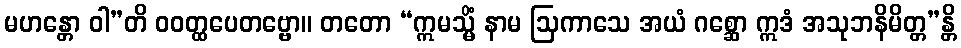
မဟန္တော ဝါ”တိ ဝဝတ္ထပေတဗ္ဗော။ တတော “ဣမသ္မိံ နာမ ဩကာသေ အယံ ဂစ္ဆော ဣဒံ အသုဘနိမိတ္တ”န္တိ